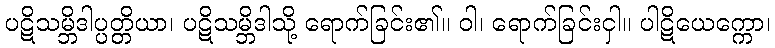
ပဋိသမ္ဘိဒါပ္ပတ္တိယာ၊ ပဋိသမ္ဘိဒါသို့ ရောက်ခြင်း၏။ ဝါ၊ ရောက်ခြင်းငှါ။ ပါဋိယေက္ကော၊